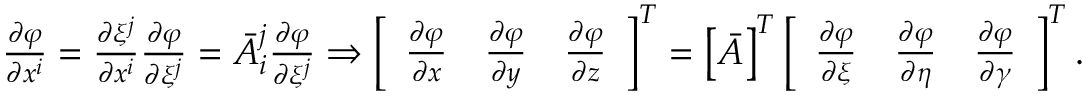
\begin{array} { r } { \frac { \partial \varphi } { \partial x ^ { i } } = \frac { \partial \xi ^ { j } } { \partial x ^ { i } } \frac { \partial \varphi } { \partial \xi ^ { j } } = \bar { A } _ { i } ^ { j } \frac { \partial \varphi } { \partial \xi ^ { j } } \Rightarrow \left[ \begin{array} { l l l } { \frac { \partial \varphi } { \partial x } } & { \frac { \partial \varphi } { \partial y } } & { \frac { \partial \varphi } { \partial z } } \end{array} \right] ^ { T } = \left[ \boldsymbol { \bar { A } } \right] ^ { T } \left[ \begin{array} { l l l } { \frac { \partial \varphi } { \partial \xi } } & { \frac { \partial \varphi } { \partial \eta } } & { \frac { \partial \varphi } { \partial \gamma } } \end{array} \right] ^ { T } . } \end{array}